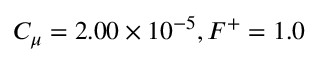
C _ { \mu } = 2 . 0 0 \times 1 0 ^ { - 5 } , F ^ { + } = 1 . 0